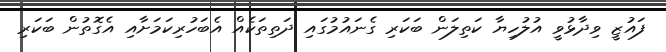
ފައުޒީ ވިދާޅުވީ އުލުހިޔާ ކަތިލަން ބަކަރި ގެނައުމުގައި ދަތިތަކެއް އެބަހުރިކަމަށާއި އެގޮތުން ބަކަރި